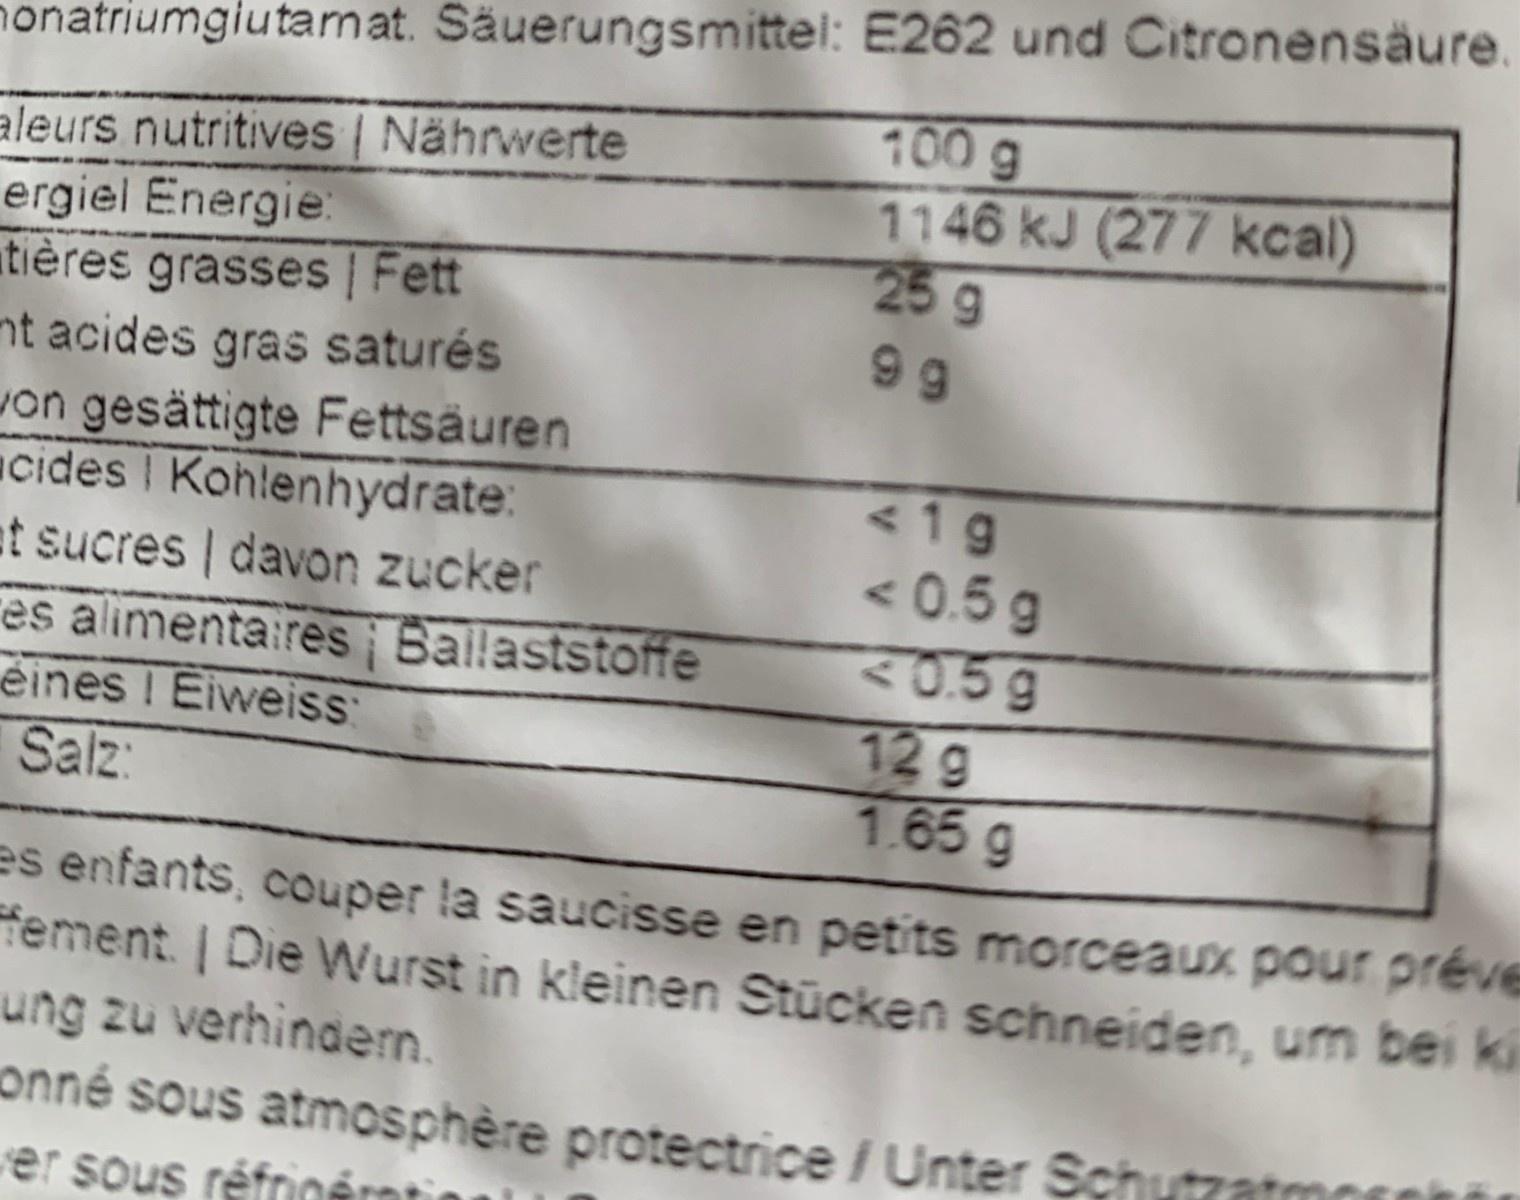
honatriumgiutamat. Säuerungsmittel: E262 und Citronensäure. 100 g 1146 kJ (277 kcal) 25g aleurs nutritives | Nährwerte ergiel Energie: atières grasses | Fett nt acides gras saturés von gesättigte Fettsäuren cides I Kohlenhydrate: at sucres davon zucker es alimentaires Bailaststoffe eines ! Eiweiss: 99 <1g < 0.5 g <0.5g 12g 1.65 g Salz: es enfants, couper la saucisse en petits morceaux pour préve fement | Die Wurst in kleinen Stücken schneiden, um bei ki ung zu verhinden. onné sous atmosphère protectrice /Unter Schutzat ver sous réfriné